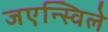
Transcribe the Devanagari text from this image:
जएन्स्विले